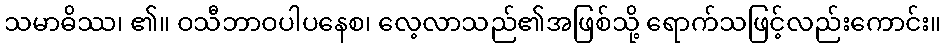
သမာဓိဿ၊ ၏။ ဝသီဘာဝပါပနေစ၊ လေ့လာသည်၏အဖြစ်သို့ ရောက်သဖြင့်လည်းကောင်း။